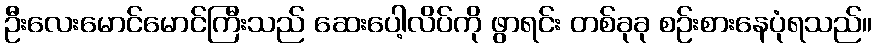
ဦးလေးမောင်မောင်ကြီးသည် ဆေးပေါ့လိပ်ကို ဖွာရင်း တစ်ခုခု စဉ်းစားနေပုံရသည်။